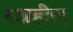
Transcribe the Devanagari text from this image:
रअहील